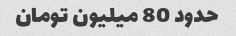
حدود 80 میلیون تومان